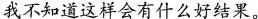
，我不知道这样会有什么好结果。